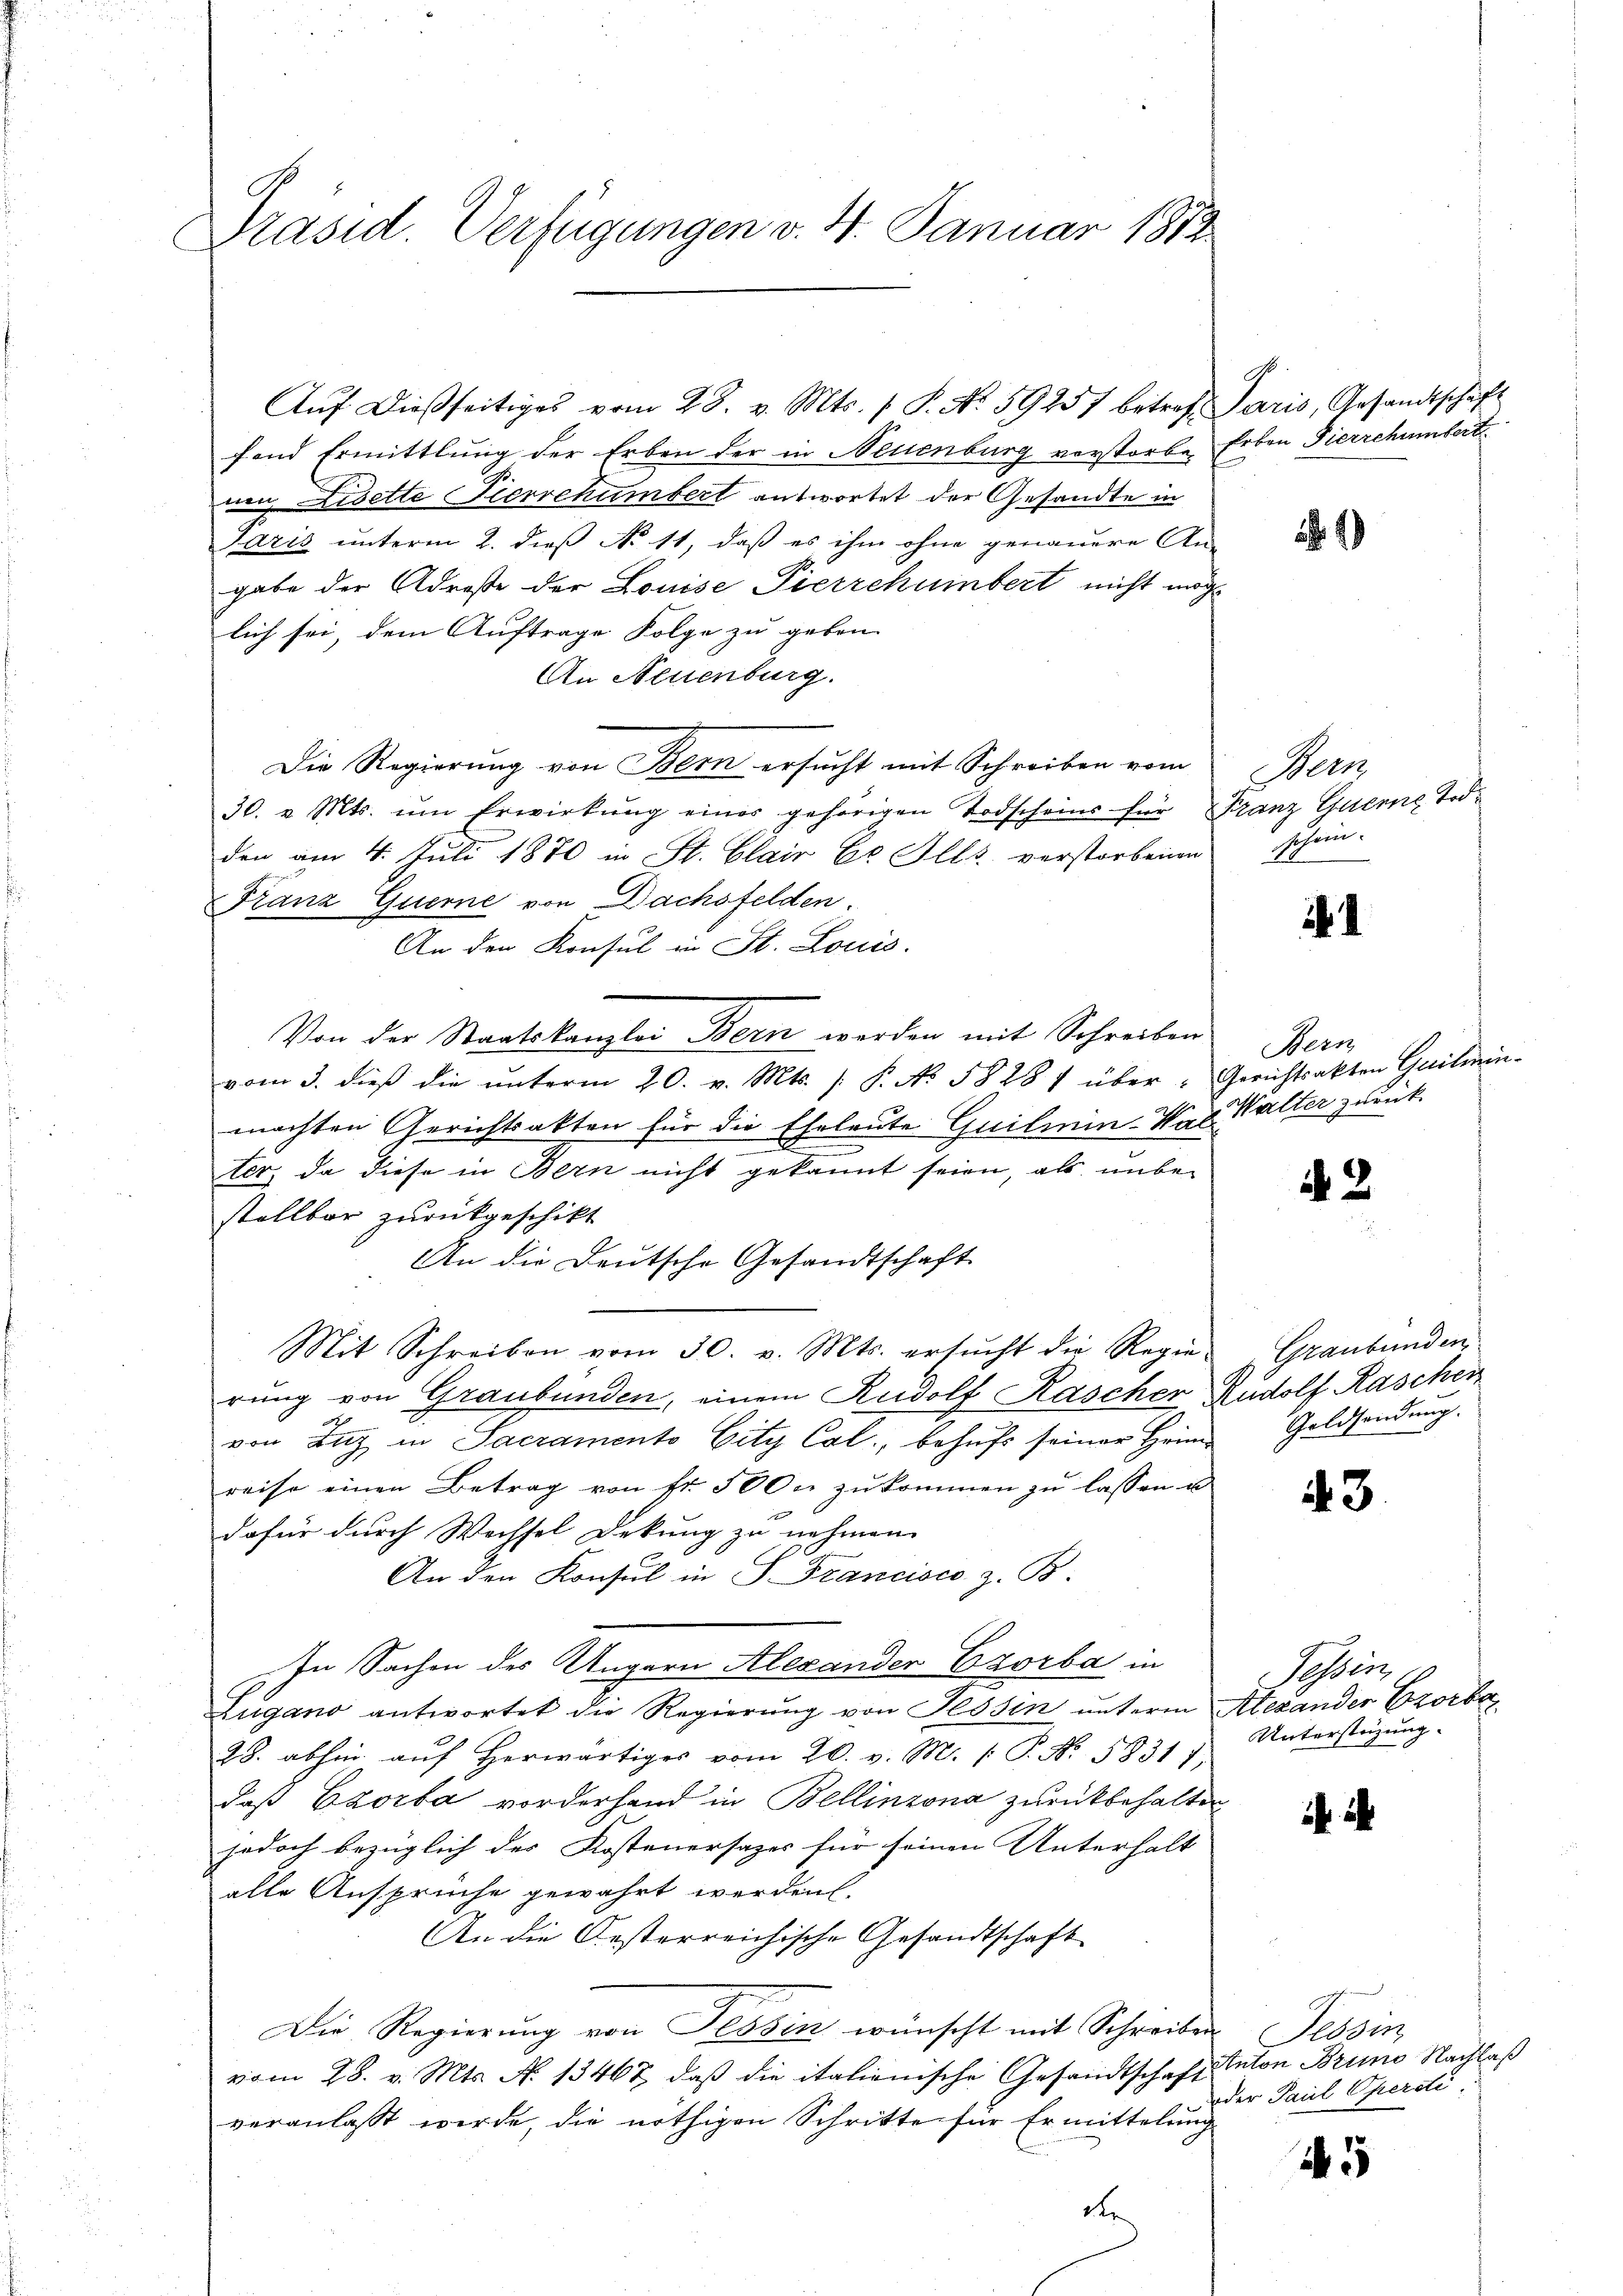
Präsid. Verfügungen v. 4. Januar 1812.

Auf dießseitiges vom 28. v. Mts. f. P. No. 59257 betreffond Ermittlung der Erben der in Neuenburg vorstorbenn Disette Pierrehumbert antwortet der Gesandte in
Jaris unterm 2. dieß No 11, daß es ihm ohne genauere An-
gabe der Adreste der Louise Pierrchümbert nicht mög
lich sei, dem Auftrage Folge zu geben.
An Neuenburg.
Die Regierung von Bern ersucht mit Schreiben vom
30. v. Mts. ŭm Erwirkŭng einer gehörigen Todscheins für Franz Guere Todden am 4. Juli 1870 in St. Clair Er Alls verstorbenen
Franz Guerne von Dachsfelden.
An den Konsul in St. Louis.
Von der Staatskanzlei Bern werden mit Schreiben
vom 3. dieß die unterm 20. v. Mts. /: P. No 58287 über-Gerichtsakten Guilmin-
machten Gerichtsakten für die Eheleute Guilien-Ver. Walter zurückter, da diese in Bern nicht gekannt seien, als unbestellbar zurückgeschikt
An die Deutsche Gesandtschaft
Mit Schreiben vom 30. v. Mts. ersŭcht die Regie- Graubünden
rung von Graubünden, einem Rudolf Kascher Rudolf Raschen
von Luz in Sacramento Eity Cal, behuf seiner Heim Geldsendung.
reise einen Betrag von Nr. 5000 zukommen zu lassen u
r
dafür durch Wechsel Dekung zu nehmen.
An den Konsul in S. Francisco z. B.
In Sachen des Ungarn Alexander Ezorba in
Zugano antwortet die Regierŭng von Tessin unterm Alexander Erorba
28. abhin aŭf herwärtiges vom 20. v. M. P. Nr. 58311.
daß Ezorba vorderhand in Bellinzona zurückbehalten
jedoch bezüglich des Kostenersazer für seinen Unterhalt
alle Ansprüche gewährt werden.
An die Oesterreichische Gesandtschaft
Die Regierung von Tessin wünscht mit Schreiben Tessin,
vom 28. v. Mts. N. 13462, daß die italienische Gesandtschaft Paton Bruno Nachlaß
veranlaßt werde, die nöthigen Schritte für Ermittelung

Paris, Gesandtschäft
Erben Pierrchumbert

4)

Noen
schein.

1

Bern

42

43

Tessin, 10
Unterstüzung.

55

oder Paul Operdi